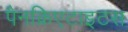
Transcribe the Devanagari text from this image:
पैनक्रिएटाइटस